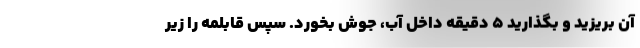
آن بریزید و بگذارید 5 دقیقه داخل آب، جوش بخورد. سپس قابلمه را زیر